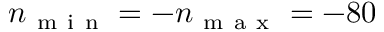
n _ { \mathrm { ~ m ~ i ~ n ~ } } = - n _ { \mathrm { ~ m ~ a ~ x ~ } } = - 8 0